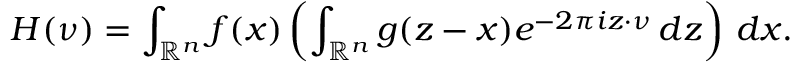
H ( \nu ) = \int _ { \mathbb { R } ^ { n } } f ( x ) \left( \int _ { \mathbb { R } ^ { n } } g ( z - x ) e ^ { - 2 \pi i z \cdot \nu } \, d z \right) \, d x .